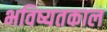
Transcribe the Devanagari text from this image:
भविष्यतकाल